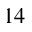
1 4